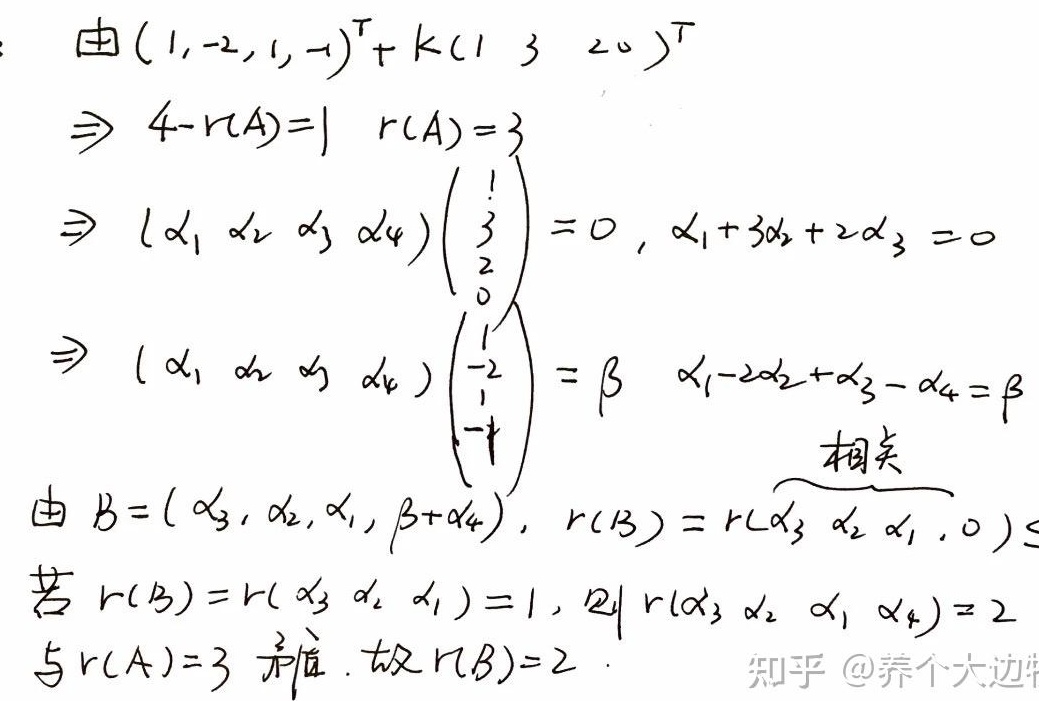
由\((1, - 2,1, - 1)^{\mathrm{T}}+ k(1\ 3\ 2\ 0 )^{\mathrm{T}}\)
\(\Rightarrow 4 - r(A)=1\)，\(r(A)=3\)
\(\Rightarrow (\alpha_1\ \alpha_2\ \alpha_3\ \alpha_4)\begin{pmatrix}1\\3\\2\\0\end{pmatrix} = 0\)，\(\alpha_1 + 3\alpha_2+2\alpha_3 = 0\)
\(\Rightarrow (\alpha_1\ \alpha_2\ \alpha_3\ \alpha_4)\begin{pmatrix}1\\-2\\1\\-1\end{pmatrix} = \beta\)，\(\alpha_1-2\alpha_2+\alpha_3-\alpha_4=\beta\)

由 \(B = (\alpha_3,\alpha_2,\alpha_1,\beta+\alpha_4)\)，\(r(B)=r(\alpha_3\ \alpha_2\ \alpha_1,0)\leq\)
若 \(r(B)=r(\alpha_3\ \alpha_2\ \alpha_1)=1\)，则 \(r(\alpha_3\ \alpha_2\ \alpha_1\ \alpha_4)=2\)与\(r(A)=3\) 矛盾。故 \(r(B)=2\) 。
知乎 @养个大边牧